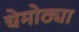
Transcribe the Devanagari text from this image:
चेमोठ्या